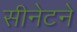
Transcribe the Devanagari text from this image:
सीनेटने